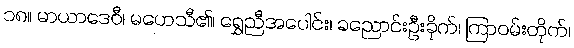
၁၈။ မာယာဒေဝီ၊ မဟေသီ၏၊ ရွှေညီအပေါင်း၊ ခညောင်းဦးခိုက်၊ ကြာဝမ်းတိုက်၊